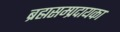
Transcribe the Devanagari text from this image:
ब्रह्मसम्प्रदायका